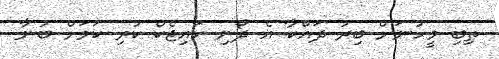
ތިބި މީހުނަށް ބިރު ދައްކާ އެ ދޯނި ހައިޖެކް ކުރި ކަމަށް ބުނާ